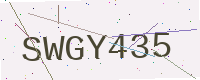
Text: SWGY435